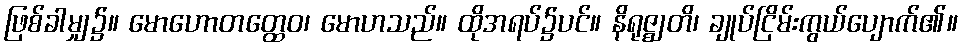
ဖြစ်ခါမျှ၌။ မောဟောတတ္ထေဝ၊ မောဟသည်။ ထိုအရပ်၌ပင်။ နိရုဇ္ဈတိ၊ ချုပ်ငြိမ်းကွယ်ပျောက်၏။